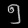
Digit: ၅